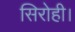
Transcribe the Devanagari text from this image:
सिरोही।